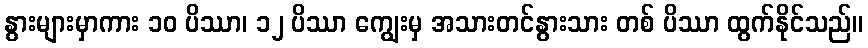
နွားများမှာကား ၁၀ ပိဿာ၊ ၁၂ ပိဿာ ကျွေးမှ အသားတင်နွားသား တစ် ပိဿာ ထွက်နိုင်သည်။